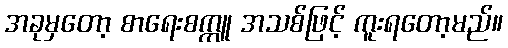
အခုမှတော့ စာရေးစက္ကူ အသစ်ဖြင့် ကူးရတော့မည်။